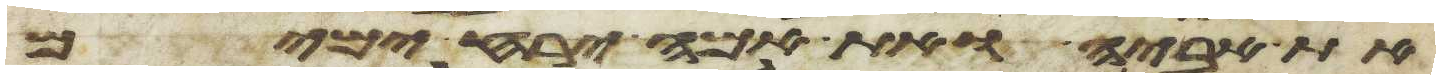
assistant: את אביה ואת אמה ירח ימים